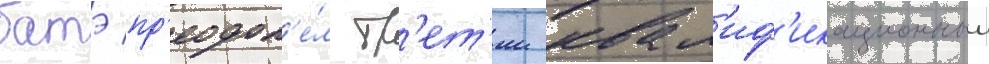
батэ пр'еодол'е́л тр'ет'ии квал'иф'икационныи